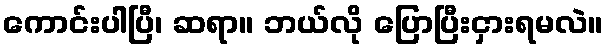
ကောင်းပါပြီ၊ ဆရာ။ ဘယ်လို ပြောပြီးငှားရမလဲ။